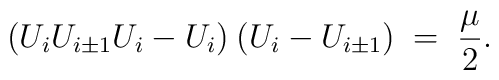
(U_{i}U_{i\pm1}U_{i}-U_{i})\:(U_{i}-U_{i\pm1}) \;=\; \frac{\mu}{2}.